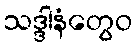
သဒ္ဒါနံတွေဝ